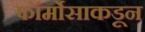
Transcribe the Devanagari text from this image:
फॉर्मोसाकडून